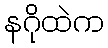
နဂိုထဲက